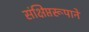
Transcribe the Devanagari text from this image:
संक्षिप्तरूपाने